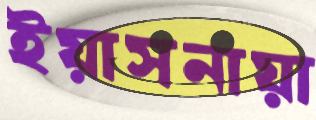
ইয়াসনায়া